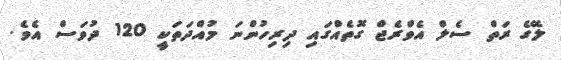
ލޭގެ ރަތް ސެލް އެވްރެޖް ގޮތެއްގައި ދިރިހުންނަ މުއްދަތަކީ 120 ދުވަސް އެވެ.